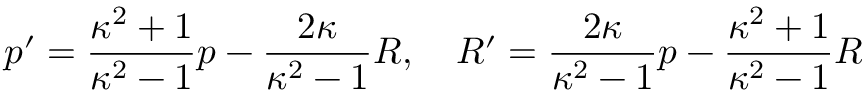
p ^ { \prime } = { \frac { \kappa ^ { 2 } + 1 } { \kappa ^ { 2 } - 1 } } p - { \frac { 2 \kappa } { \kappa ^ { 2 } - 1 } } R , \quad R ^ { \prime } = { \frac { 2 \kappa } { \kappa ^ { 2 } - 1 } } p - { \frac { \kappa ^ { 2 } + 1 } { \kappa ^ { 2 } - 1 } } R